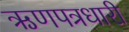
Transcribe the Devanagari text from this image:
ऋणपत्रधारी